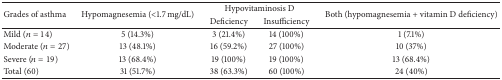
| <ROWSPAN=2> Grades of asthma | <ROWSPAN=2> Hypomagnesemia (<1.7 mg/dL) | <COLSPAN=2> Hypovitaminosis D | <ROWSPAN=2> Both (hypomagnesemia + vitamin D deficiency) |
 | Deficiency | Insufficiency |
 | --- | --- | --- | --- | --- |
 | Mild (n = 14) | 5 (14.3%) | 3 (21.4%) | 14 (100%) | 1 (7.1%) |
 | Moderate (n = 27) | 13 (48.1%) | 16 (59.2%) | 27 (100%) | 10 (37%) |
 | Severe (n = 19) | 13 (68.4%) | 19 (100%) | 19 (100%) | 13 (68.4%) |
 | Total (60) | 31 (51.7%) | 38 (63.3%) | 60 (100%) | 24 (40%) |